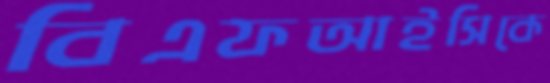
বিএফআইসিকে